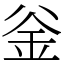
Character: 釡